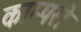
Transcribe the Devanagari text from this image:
काम्परी